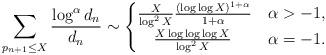
LaTeX: \begin{align*}\sum_{p_{n+1}\le X}\frac{\log^{\alpha}d_n}{d_n}\sim\begin{cases}\frac{X}{\log^2 X}\frac{(\log\log X)^{1+\alpha}}{1+\alpha}&\alpha>-1,\\\quad\frac{X\log\log\log X}{\log^2 X} &\alpha=-1.\end{cases}\end{align*}